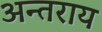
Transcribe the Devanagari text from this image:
अन्तराय